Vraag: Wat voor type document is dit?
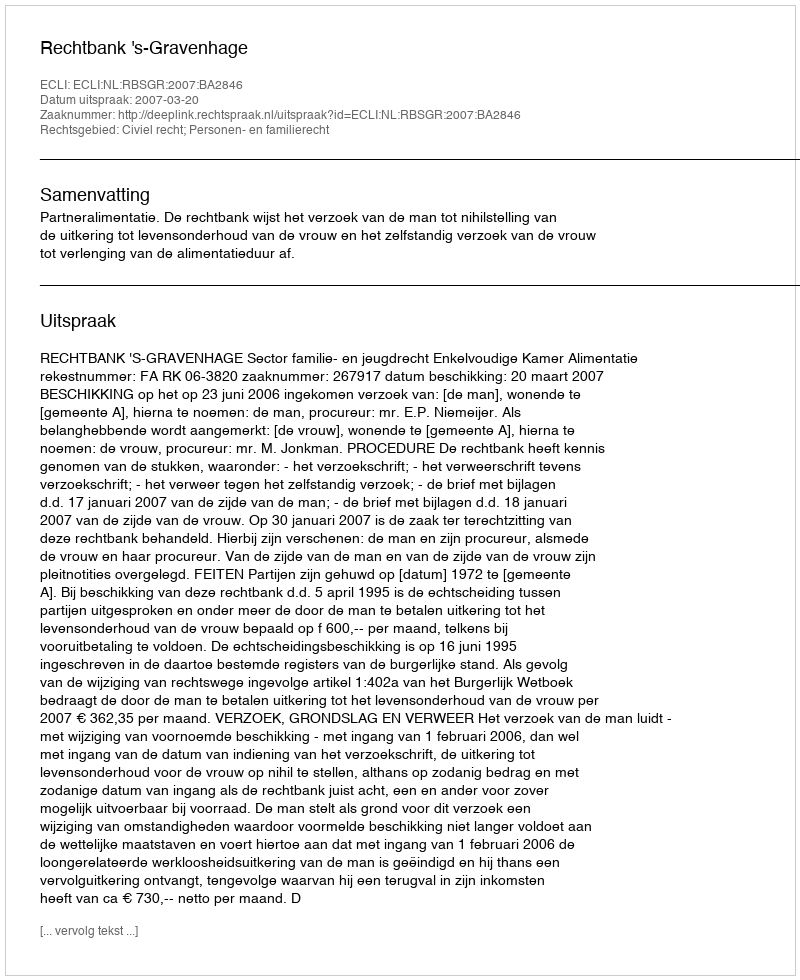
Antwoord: Uitspraak